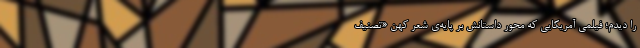
را دیدم؛ فیلمی آمریکایی که محور داستانش بر پایه‌ی شعرِ کهنِ «تصنیف